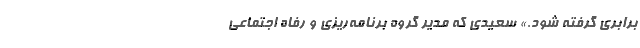
برابری گرفته شود.» سعیدی که مدیر گروه برنامه‌ریزی و رفاه اجتماعی